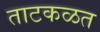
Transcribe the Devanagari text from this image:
ताटकळत